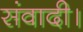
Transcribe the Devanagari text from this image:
संवादी।